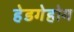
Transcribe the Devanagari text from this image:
हेडगेहोग